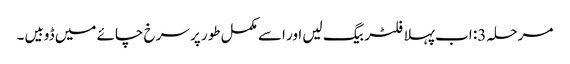
مرحلہ 3: اب پہلا فلٹر بیگ لیں اور اسے مکمل طور پر سرخ چائے میں ڈوبیں۔